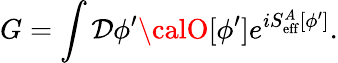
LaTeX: G=\int{\cal\mathcal{D}}\phi^{\prime}{\calO}[\phi^{\prime}]e^{iS_{\mathrm{{eff}}}^{A}[\phi^{\prime}]}.